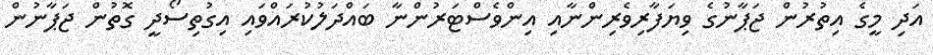
އަދި މީގެ އިތުރުން ޖަޕާނުގެ ވިޔަފާރިވެރިންނާއި އިންވެސްޓަރުންނާ ބައްދަލުކުރައްވައި އިގުތިސޯދީ ގޮތުން ޖަޕާނުން